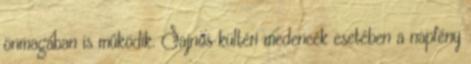
önmagában is működik. Sajnos kültéri medencék esetében a napfény